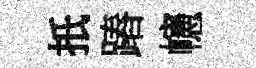
扺蹖幰